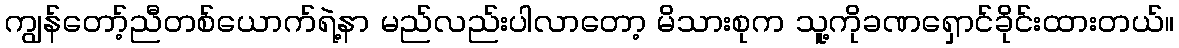
ကျွန်တော့်ညီတစ်ယောက်ရဲ့နာ မည်လည်းပါလာတော့ မိသားစုက သူ့ကိုခဏရှောင်ခိုင်းထားတယ်။